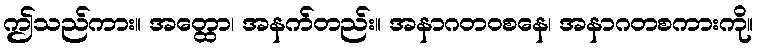
ဤသည်ကား။ အတ္ထော၊ အနက်တည်း။ အနာဂတဝစနေ၊ အနာဂတစကားကို။